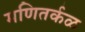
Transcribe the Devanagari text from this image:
मणितर्कळ